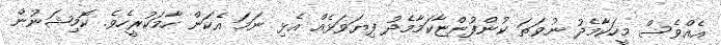
އެއްވެސް މީހަކާމެދު ނުވަތަ ކުންފުންޏާކަމާމެދު ފިޔަވަޅެއް އެޅި ނަމަ އެކަން ހާމަކުރީހެވެ. ކޮމިޝަނުން